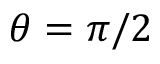
\theta = \pi / 2